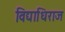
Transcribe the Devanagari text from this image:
विद्याधिराज